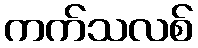
ကက်သလစ်